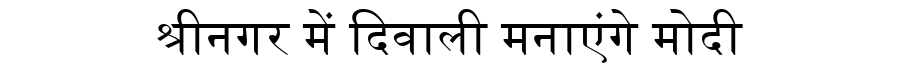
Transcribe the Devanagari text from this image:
श्रीनगर में दिवाली मनाएंगे मोदी